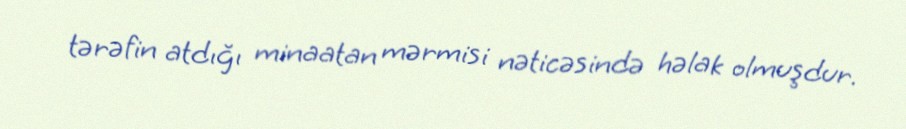
tərəfin atdığı minaatan mərmisi nəticəsində həlak olmuşdur.